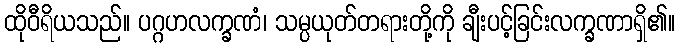
ထိုဝီရိယသည်။ ပဂ္ဂဟလက္ခဏံ၊ သမ္ပယုတ်တရားတို့ကို ချီးပင့်ခြင်းလက္ခဏာရှိ၏။